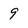
Character: 9